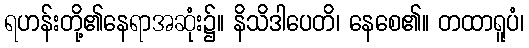
ရဟန်းတို့၏နေရာအဆုံး၌။ နိသိဒါပေတိ၊ နေစေ၏။ တထာရူပံ၊